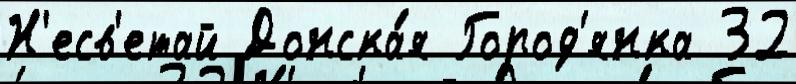
Н'есв'етай Донска́я Город'янка 32